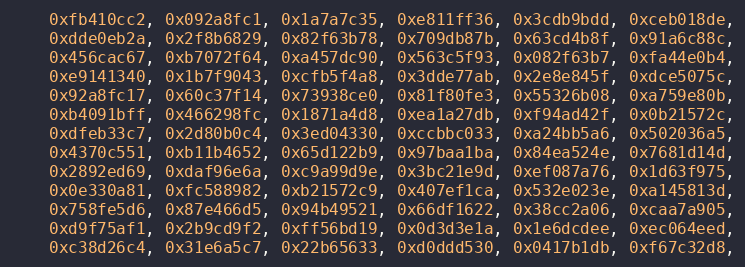
Language: C++
    0xfb410cc2, 0x092a8fc1, 0x1a7a7c35, 0xe811ff36, 0x3cdb9bdd, 0xceb018de,
    0xdde0eb2a, 0x2f8b6829, 0x82f63b78, 0x709db87b, 0x63cd4b8f, 0x91a6c88c,
    0x456cac67, 0xb7072f64, 0xa457dc90, 0x563c5f93, 0x082f63b7, 0xfa44e0b4,
    0xe9141340, 0x1b7f9043, 0xcfb5f4a8, 0x3dde77ab, 0x2e8e845f, 0xdce5075c,
    0x92a8fc17, 0x60c37f14, 0x73938ce0, 0x81f80fe3, 0x55326b08, 0xa759e80b,
    0xb4091bff, 0x466298fc, 0x1871a4d8, 0xea1a27db, 0xf94ad42f, 0x0b21572c,
    0xdfeb33c7, 0x2d80b0c4, 0x3ed04330, 0xccbbc033, 0xa24bb5a6, 0x502036a5,
    0x4370c551, 0xb11b4652, 0x65d122b9, 0x97baa1ba, 0x84ea524e, 0x7681d14d,
    0x2892ed69, 0xdaf96e6a, 0xc9a99d9e, 0x3bc21e9d, 0xef087a76, 0x1d63f975,
    0x0e330a81, 0xfc588982, 0xb21572c9, 0x407ef1ca, 0x532e023e, 0xa145813d,
    0x758fe5d6, 0x87e466d5, 0x94b49521, 0x66df1622, 0x38cc2a06, 0xcaa7a905,
    0xd9f75af1, 0x2b9cd9f2, 0xff56bd19, 0x0d3d3e1a, 0x1e6dcdee, 0xec064eed,
    0xc38d26c4, 0x31e6a5c7, 0x22b65633, 0xd0ddd530, 0x0417b1db, 0xf67c32d8,